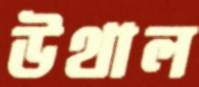
উথাল